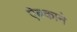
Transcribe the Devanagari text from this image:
ऐबकाने